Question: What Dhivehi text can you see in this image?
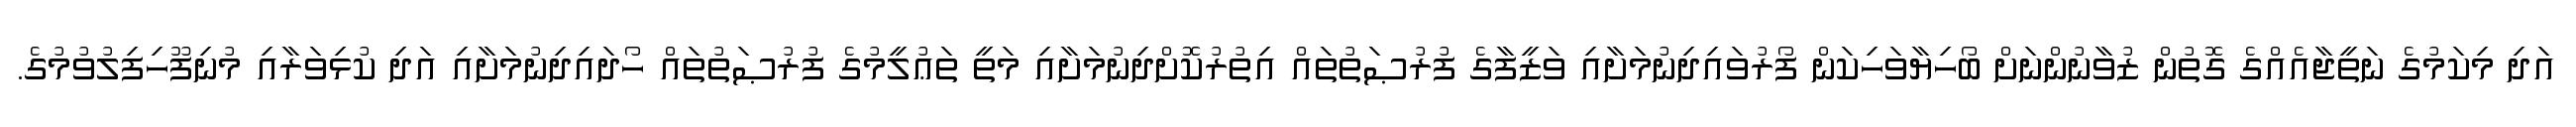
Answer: އަދި މިކަމުގެ ނަތީޖާއެއްގެ ގޮތުން ޒުވާނުންނަށް ބޯހިޔާވަހިކަން ފޯރުވައިދިނުމަށާއި ވަޒީފާގެ ފުރުޞަތުތައް އިތުރުކޮށްދިނުމަށާއި މަތީ ތަޢުލީމުގެ ފުރުޞަތުތައް ހޯދައިދިނުމަށާއި އަދި ކުޅިވަރާއި މުނިފޫހިފިލުވުމުގެ.